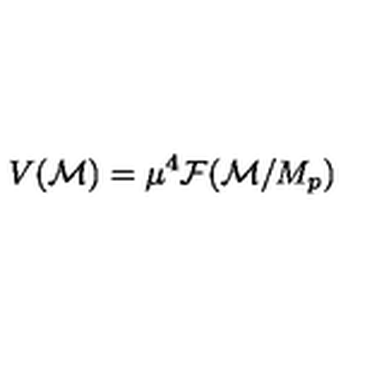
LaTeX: V ( { \cal M } ) = \mu ^ { 4 } { \cal F } ( { \cal M } / M _ { p } )